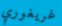
غريغوري